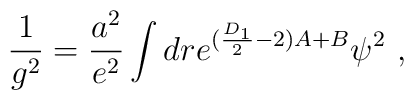
\frac{1}{g^2}=\frac{a^2}{e^2}\int dr e^{(\frac{D_1}{2}-2)A+B}\psi^2~,